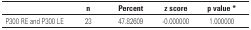
<table><thead><tr><td><b> </b></td><td><b>n</b></td><td><b>Percent</b></td><td><b>z score</b></td><td><b>p value *</b></td></tr></thead><tbody><tr><td>P300 RE and P300 LE</td><td>23</td><td>47.82609</td><td>-0.000000</td><td>1.000000</td></tr></tbody></table>